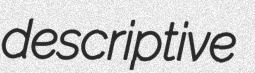
descriptive